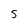
Character: S